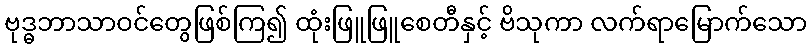
ဗုဒ္ဓဘာသာဝင်တွေဖြစ်ကြ၍ ထုံးဖြူဖြူစေတီနှင့် ဗိသုကာ လက်ရာမြောက်သော